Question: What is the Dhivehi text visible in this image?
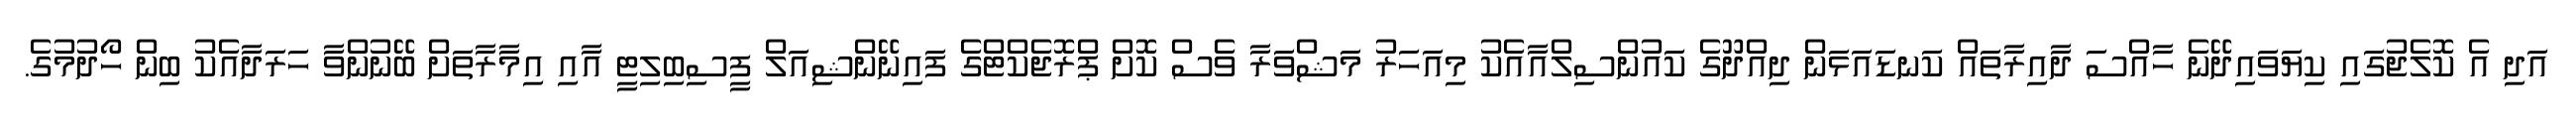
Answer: އަދި އެ ކޮލެޖުގައި ކިޔަވައިދޭނެ ހާއްސަ ދާއިރާތައް ކަނޑައަޅަން ދިއްދޫގެ ކައުންސިލްއާއެކު މިއަހަރު މަޝްވަރާ ވެސް ކޮށް ޕްރޮޖެކްޓްގެ ފައިނޭންޝިއަލް ފީސިބިލިޓީ އާއި އިމާރާތަށް ބޭނުންވާ ހަރަދާއެކު ބިން ހޯދުމުގެ.